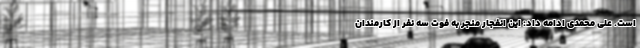
است. علی محمدی ادامه داد: این انفجار منجر به فوت سه نفر از کارمندان